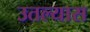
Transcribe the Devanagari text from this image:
उतल्यास